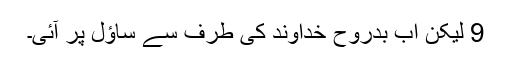
9 لیکن اب بدروح خداوند کی طرف سے ساؤل پر آئی۔